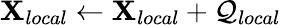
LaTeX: \mathbf{X}_{local}\leftarrow\mathbf{X}_{local}+\mathcal{Q}_{local}